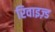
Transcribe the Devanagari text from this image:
रिवाइज़्ड